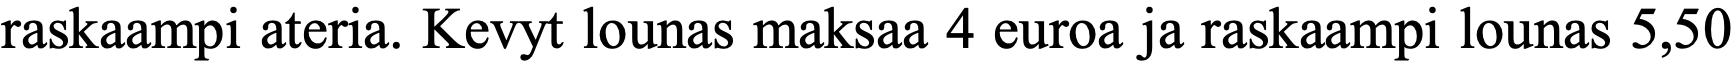
raskaampi ateria. Kevyt lounas maksaa 4 euroa ja raskaampi lounas 5,50